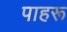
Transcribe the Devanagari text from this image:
पाहरू